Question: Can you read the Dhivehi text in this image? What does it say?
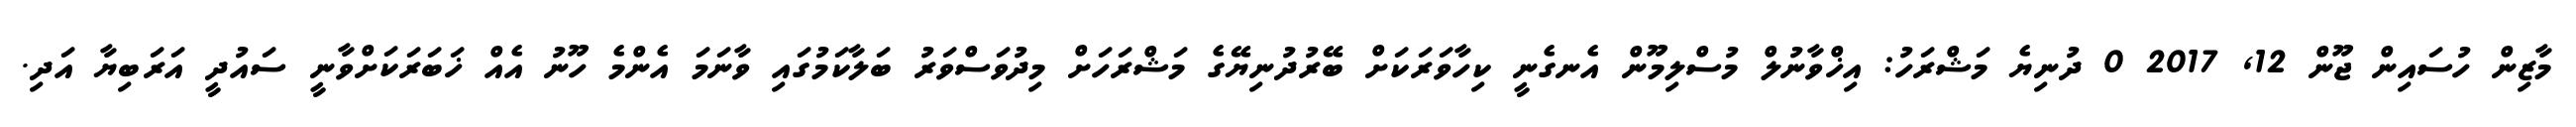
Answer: މާޒިން ހުސައިން ޖޫން 12, 2017 0 ދުނިޔެ މަޝްރަހު: އިޚްވާނުލް މުސްލިމޫން އެނގެނީ ކިހާވަރަކަށް ބޭރުދުނިޔޭގެ މަޝްރަހަށް މިދުވަސްވަރު ބަލާކަމުގައި ވާނަމަ އެންމެ ހޫނު އެއް ޚަބަރަކަށްވާނީ ސައުދީ އަރަބިޔާ އަދި.